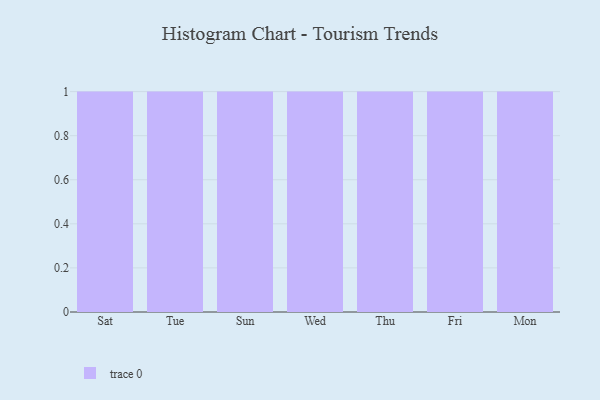
{"axis": {"x": "Day", "y": "Latency (ms)"}, "legend": [""], "data": [{"x": "Sat", "y": 79, "type": ""}, {"x": "Tue", "y": 85, "type": ""}, {"x": "Sun", "y": 80, "type": ""}, {"x": "Wed", "y": 19, "type": ""}, {"x": "Thu", "y": 62, "type": ""}, {"x": "Fri", "y": 10, "type": ""}, {"x": "Mon", "y": 74, "type": ""}]}